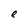
Character: e